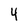
Character: 4